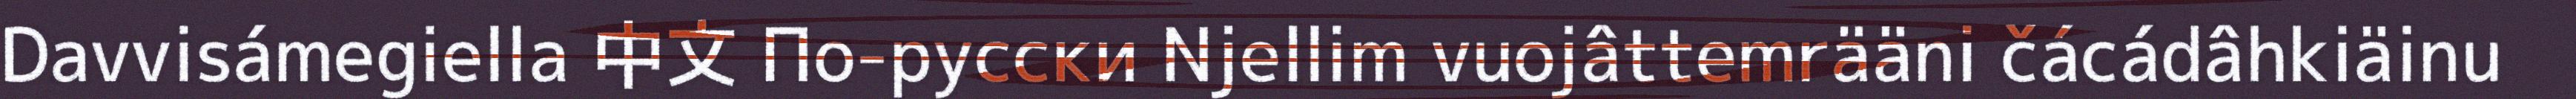
Davvisámegiella 中文 По-русски Njellim vuojâttemrääni čácádâhkiäinu